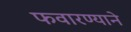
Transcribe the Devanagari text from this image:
फवारण्याने